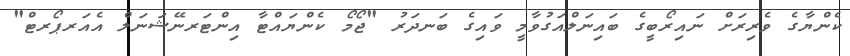
ކެންޔާގެ ވެރިރަށް ނައިރޯބީގެ ބައިނަލްއަގުވާމީ ވައިގެ ބަނދަރު "ޖޯމޯ ކެންޔައްޓާ އިންޓަރނޭޝަނަލް އެއަރޕޯރޓް"